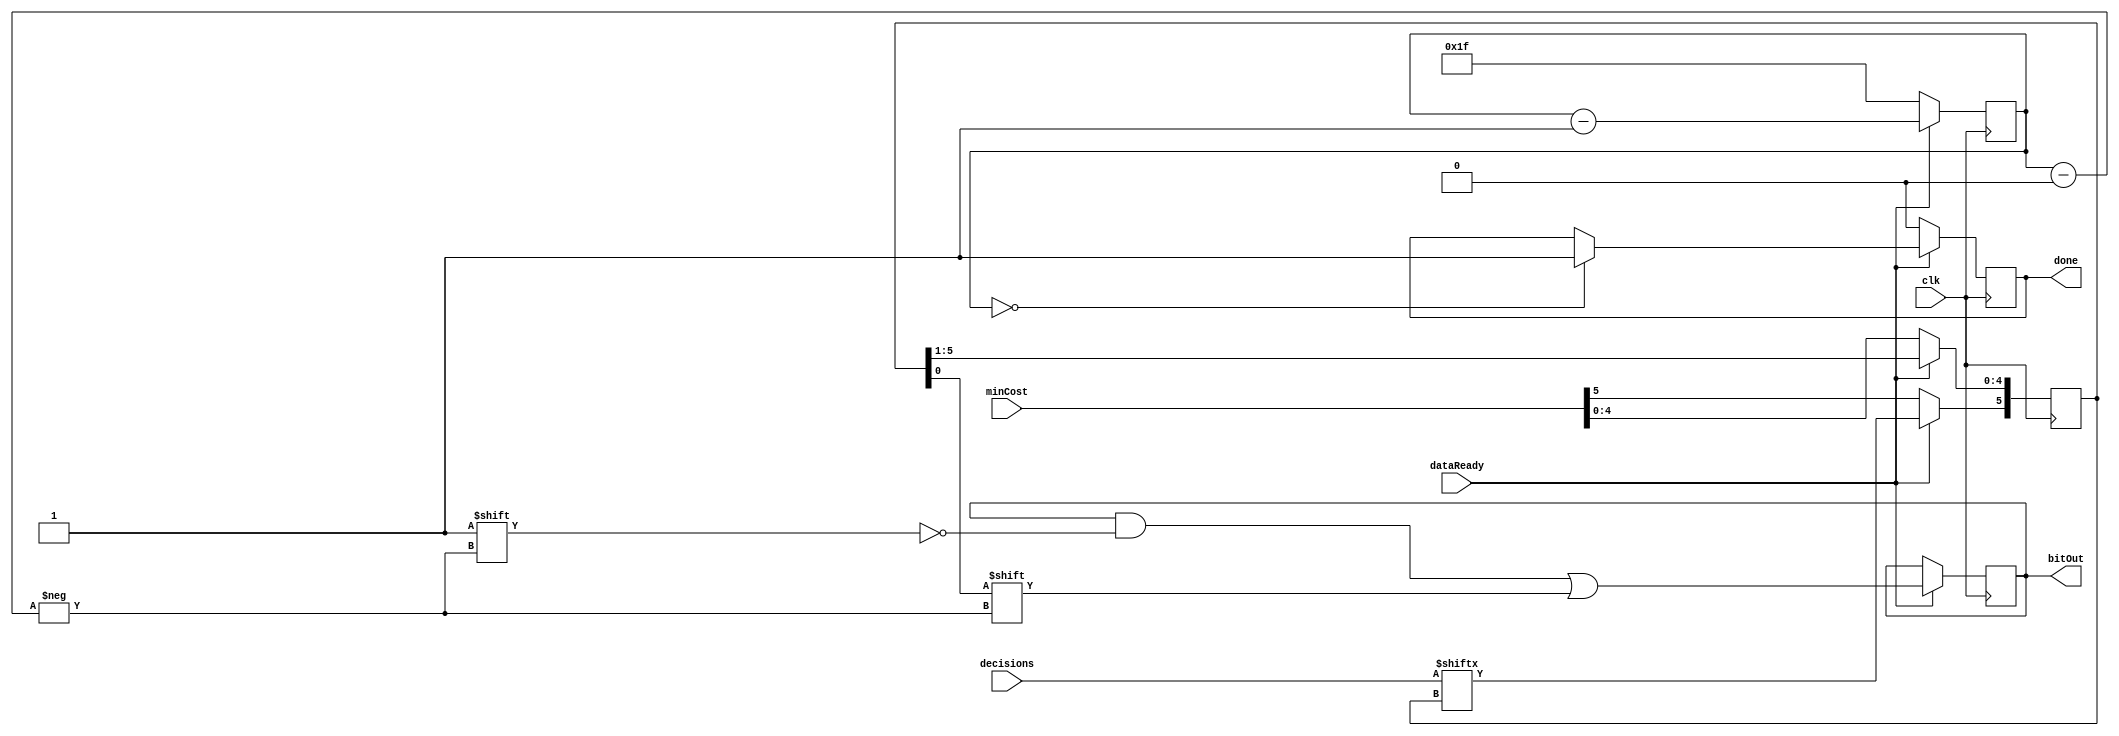
`timescale 1ns / 1ps
//////////////////////////////////////////////////////////////////////////////////
// Company: 
// Engineer: 
// 
// Design Name: 	
// Module Name:    restoreBits 
// Project Name: 
// Target Devices: 
// Tool versions: 
// Description: 
//
// Dependencies: 
//
// Revision: 
// Revision 0.01 - File Created
// Additional Comments: 
//
//////////////////////////////////////////////////////////////////////////////////
module restoreBits(input [63:0] decisions,
						 input clk,
						 input [5:0]minCost,
						 input dataReady,
						 output reg[31:0] bitOut,
						 output reg done
    );
	 
	 reg [4:0] counter;
	 reg [5:0] state;
	 reg stateBit;
	 //reg [31:0] bits
	 always @(posedge clk)
		begin
			if (dataReady)
				begin
					stateBit = decisions[state];
					bitOut[counter] = state[0];
					state = state>>1'b1;
					state[5] = stateBit;
					
					if (counter == 5'd0)
						done = 1'b1;
					counter = counter - 1'b1;
				end
			else
				begin
					done = 1'b0;	
					state = minCost;
					counter = 5'b11111;
				end
		end	


endmodule